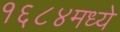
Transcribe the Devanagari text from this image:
१६८४मध्ये